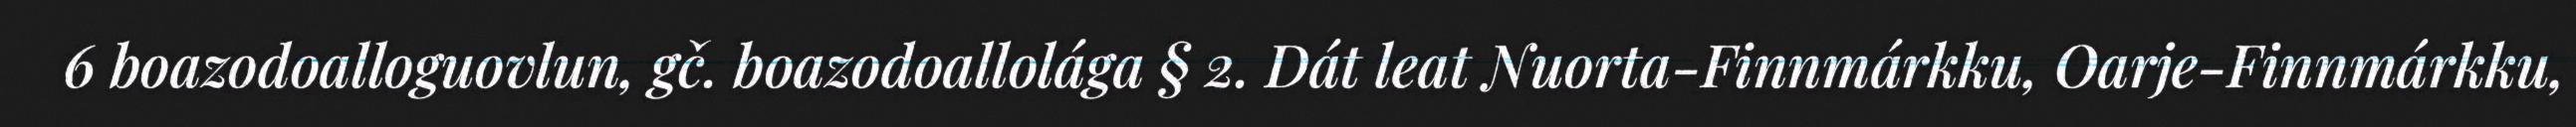
6 boazodoalloguovlun, gč. boazodoallolága § 2. Dát leat Nuorta-Finnmárkku, Oarje-Finnmárkku,